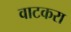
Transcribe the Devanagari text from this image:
वाटकरा